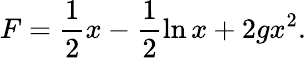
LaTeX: F=\frac{1}{2}x-\frac{1}{2}\ln x+2gx^{2}.